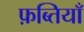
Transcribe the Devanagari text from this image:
फ़ब्तियाँ